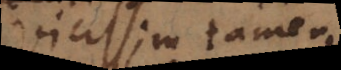
Vicissim tamen